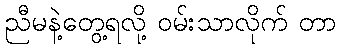
ညီမနဲ့တွေ့ရလို့ ဝမ်းသာလိုက် တာ